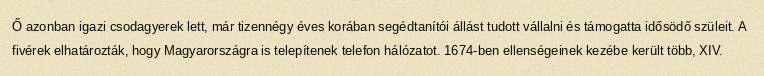
Ő azonban igazi csodagyerek lett, már tizennégy éves korában segédtanítói állást tudott vállalni és támogatta idősödő szüleit. A fivérek elhatározták, hogy Magyarországra is telepítenek telefon hálózatot. 1674-ben ellenségeinek kezébe került több, XIV.